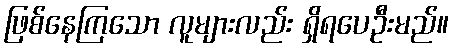
ဖြစ်နေကြသော လူများလည်း ရှိရပေဦးမည်။